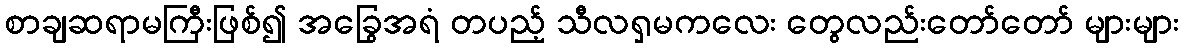
စာချဆရာမကြီးဖြစ်၍ အခြွေအရံ တပည့် သီလရှမကလေး တွေလည်းတော်တော် များများ